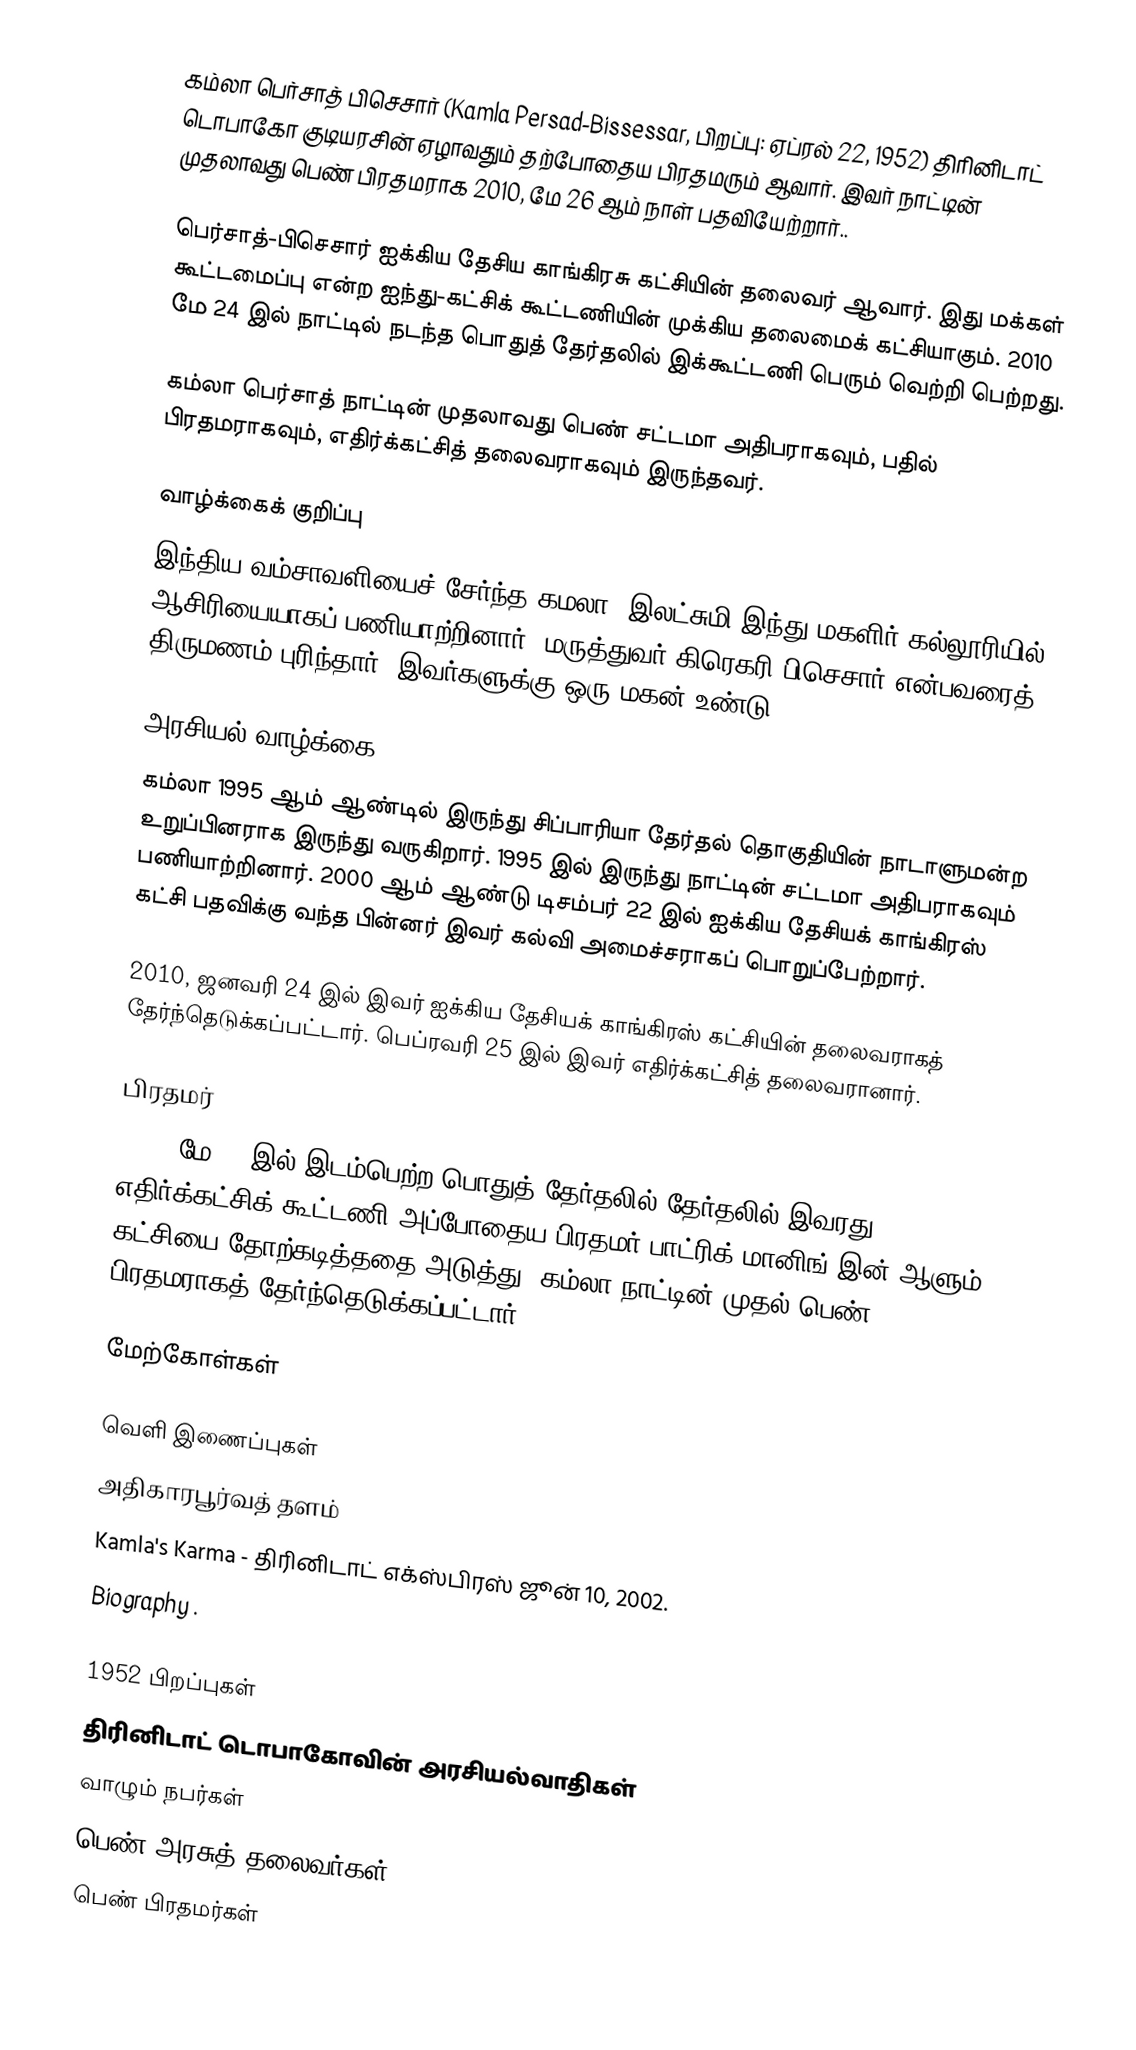
கம்லா பெர்சாத் பிசெசார் (Kamla Persad-Bissessar, பிறப்பு: ஏப்ரல் 22, 1952) திரினிடாட் டொபாகோ குடியரசின் ஏழாவதும் தற்போதைய பிரதமரும் ஆவார். இவர் நாட்டின் முதலாவது பெண் பிரதமராக 2010, மே 26 ஆம் நாள் பதவியேற்றார்..

பெர்சாத்-பிசெசார் ஐக்கிய தேசிய காங்கிரசு கட்சியின் தலைவர் ஆவார். இது மக்கள் கூட்டமைப்பு என்ற ஐந்து-கட்சிக் கூட்டணியின் முக்கிய தலைமைக் கட்சியாகும். 2010 மே 24 இல் நாட்டில் நடந்த பொதுத் தேர்தலில் இக்கூட்டணி பெரும் வெற்றி பெற்றது.

கம்லா பெர்சாத் நாட்டின் முதலாவது பெண் சட்டமா அதிபராகவும், பதில் பிரதமராகவும், எதிர்க்கட்சித் தலைவராகவும் இருந்தவர்.

வாழ்க்கைக் குறிப்பு
இந்திய வம்சாவளியைச் சேர்ந்த கமலா, இலட்சுமி இந்து மகளிர் கல்லூரியில் ஆசிரியையாகப் பணியாற்றினார். மருத்துவர் கிரெகரி பிசெசார் என்பவரைத் திருமணம் புரிந்தார். இவர்களுக்கு ஒரு மகன் உண்டு.

அரசியல் வாழ்க்கை
கம்லா 1995 ஆம் ஆண்டில் இருந்து சிப்பாரியா தேர்தல் தொகுதியின் நாடாளுமன்ற உறுப்பினராக இருந்து வருகிறார். 1995 இல் இருந்து நாட்டின் சட்டமா அதிபராகவும் பணியாற்றினார். 2000 ஆம் ஆண்டு டிசம்பர் 22 இல் ஐக்கிய தேசியக் காங்கிரஸ் கட்சி பதவிக்கு வந்த பின்னர் இவர் கல்வி அமைச்சராகப் பொறுப்பேற்றார்.

2010, ஜனவரி 24 இல் இவர் ஐக்கிய தேசியக் காங்கிரஸ் கட்சியின் தலைவராகத் தேர்ந்தெடுக்கப்பட்டார். பெப்ரவரி 25 இல் இவர் எதிர்க்கட்சித் தலைவரானார்.

பிரதமர்
2010, மே 24 இல் இடம்பெற்ற பொதுத் தேர்தலில் தேர்தலில் இவரது எதிர்க்கட்சிக் கூட்டணி அப்போதைய பிரதமர் பாட்ரிக் மானிங் இன் ஆளும் கட்சியை தோற்கடித்ததை அடுத்து, கம்லா நாட்டின் முதல் பெண் பிரதமராகத் தேர்ந்தெடுக்கப்பட்டார்.

மேற்கோள்கள்

வெளி இணைப்புகள்
 அதிகாரபூர்வத் தளம்
 Kamla's Karma - திரினிடாட் எக்ஸ்பிரஸ் ஜூன் 10, 2002.
 Biography .

1952 பிறப்புகள்
திரினிடாட் டொபாகோவின் அரசியல்வாதிகள்
வாழும் நபர்கள்
பெண் அரசுத் தலைவர்கள்
பெண் பிரதமர்கள்